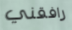
رافقني